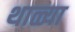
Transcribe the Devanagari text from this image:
थाळ्या